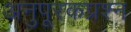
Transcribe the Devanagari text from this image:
अनुपूरकप्रश्न